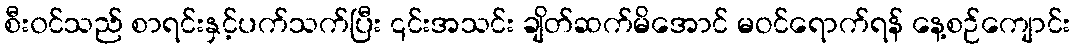
စီး၀င်သည် စာရင်းနှင့်ပက်သက်ပြီး ၎င်းအသင်း ချိတ်ဆက်မိအောင် မဝင်ရောက်ရန် နေ့စဉ်ကျောင်း